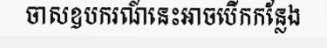
ចាសឧបករណ៍នេះអាចបើកកន្លែង